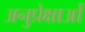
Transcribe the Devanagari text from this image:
अनुप्रेक्षाओं